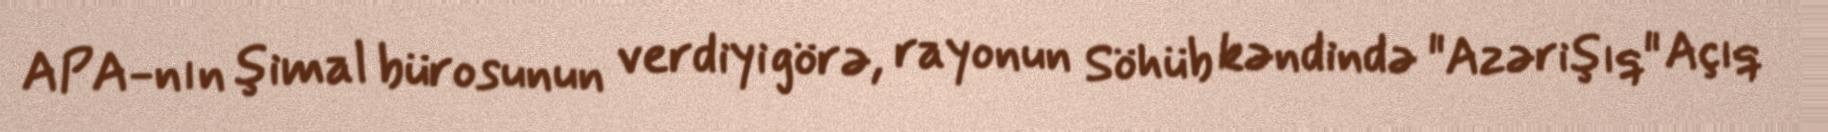
APA-nın şimal bürosunun verdiyi görə, rayonun Söhüb kəndində "Azərişıq" Açıq